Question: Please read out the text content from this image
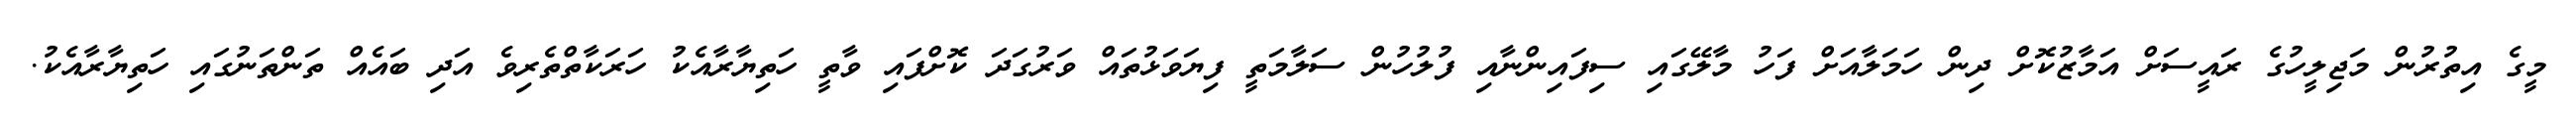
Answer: މީގެ އިތުރުން މަޖިލީހުގެ ރައީސަށް އަމާޒުކޮށް ދިން ހަމަލާއަށް ފަހު މާލޭގައި ސިފައިންނާއި ފުލުހުން ސަލާމަތީ ފިޔަވަޅުތައް ވަރުގަދަ ކޮށްފައި ވާތީ ހަތިޔާރާއެކު ހަރަކާތްތެރިވެ އަދި ބައެއް ތަންތަނުގައި ހަތިޔާރާއެކު.